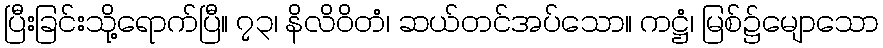
ပြီးခြင်းသို့ရောက်ပြီ။ ၇၃၊ နိလိဝိတံ၊ ဆယ်တင်အပ်သော။ ကဋ္ဌံ၊ မြစ်၌မျောသော